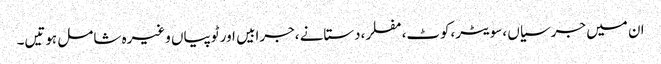
ان میں جرسیاں ،سویٹر،کوٹ،مفلر،دستانے ،جرابیں اور ٹوپیاں وغیرہ شامل ہوتیں۔